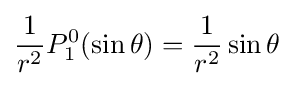
{\frac {1}{r^{2}}}P_{1}^{0}(\sin \theta )={\frac {1}{r^{2}}}\sin \theta